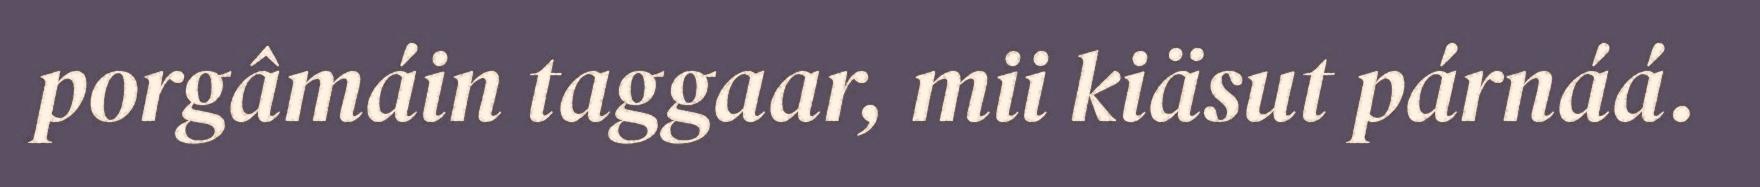
porgâmáin taggaar, mii kiäsut párnáá.